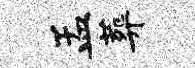
孟葬